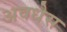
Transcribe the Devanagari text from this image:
अवधेस